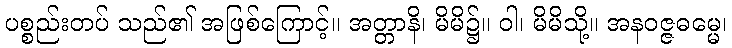
ပစ္စည်းတပ် သည်၏ အဖြစ်ကြောင့်။ အတ္တာနိ၊ မိမိ၌။ ဝါ၊ မိမိသို့။ အနဝဇ္ဇဓမ္မေ၊